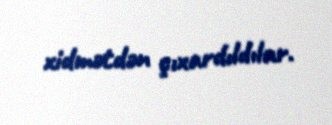
xidmətdən çıxardıldılar.